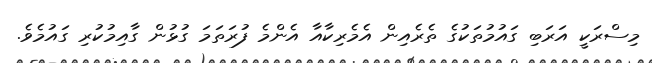
މިސްރަކީ އަރަބި ގައުމުތަކުގެ ތެރެއިން އެމެރިކާއާ އެންމެ ފުރަތަމަ ގުޅުން ގާއިމުކުރި ގައުމެވެ.